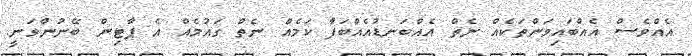
އެއްވެސް އެއްބައިވަންތަކެއް ނެތް އެއްބަނޑުއެއްބަފާ ކަމެއް ނެތް ގައުމެއް އެ ޕާޓިން ބޭނުންވަނީ.